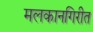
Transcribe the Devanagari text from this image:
मलकानगिरीत